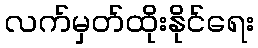
လက်မှတ်ထိုးနိုင်ရေး